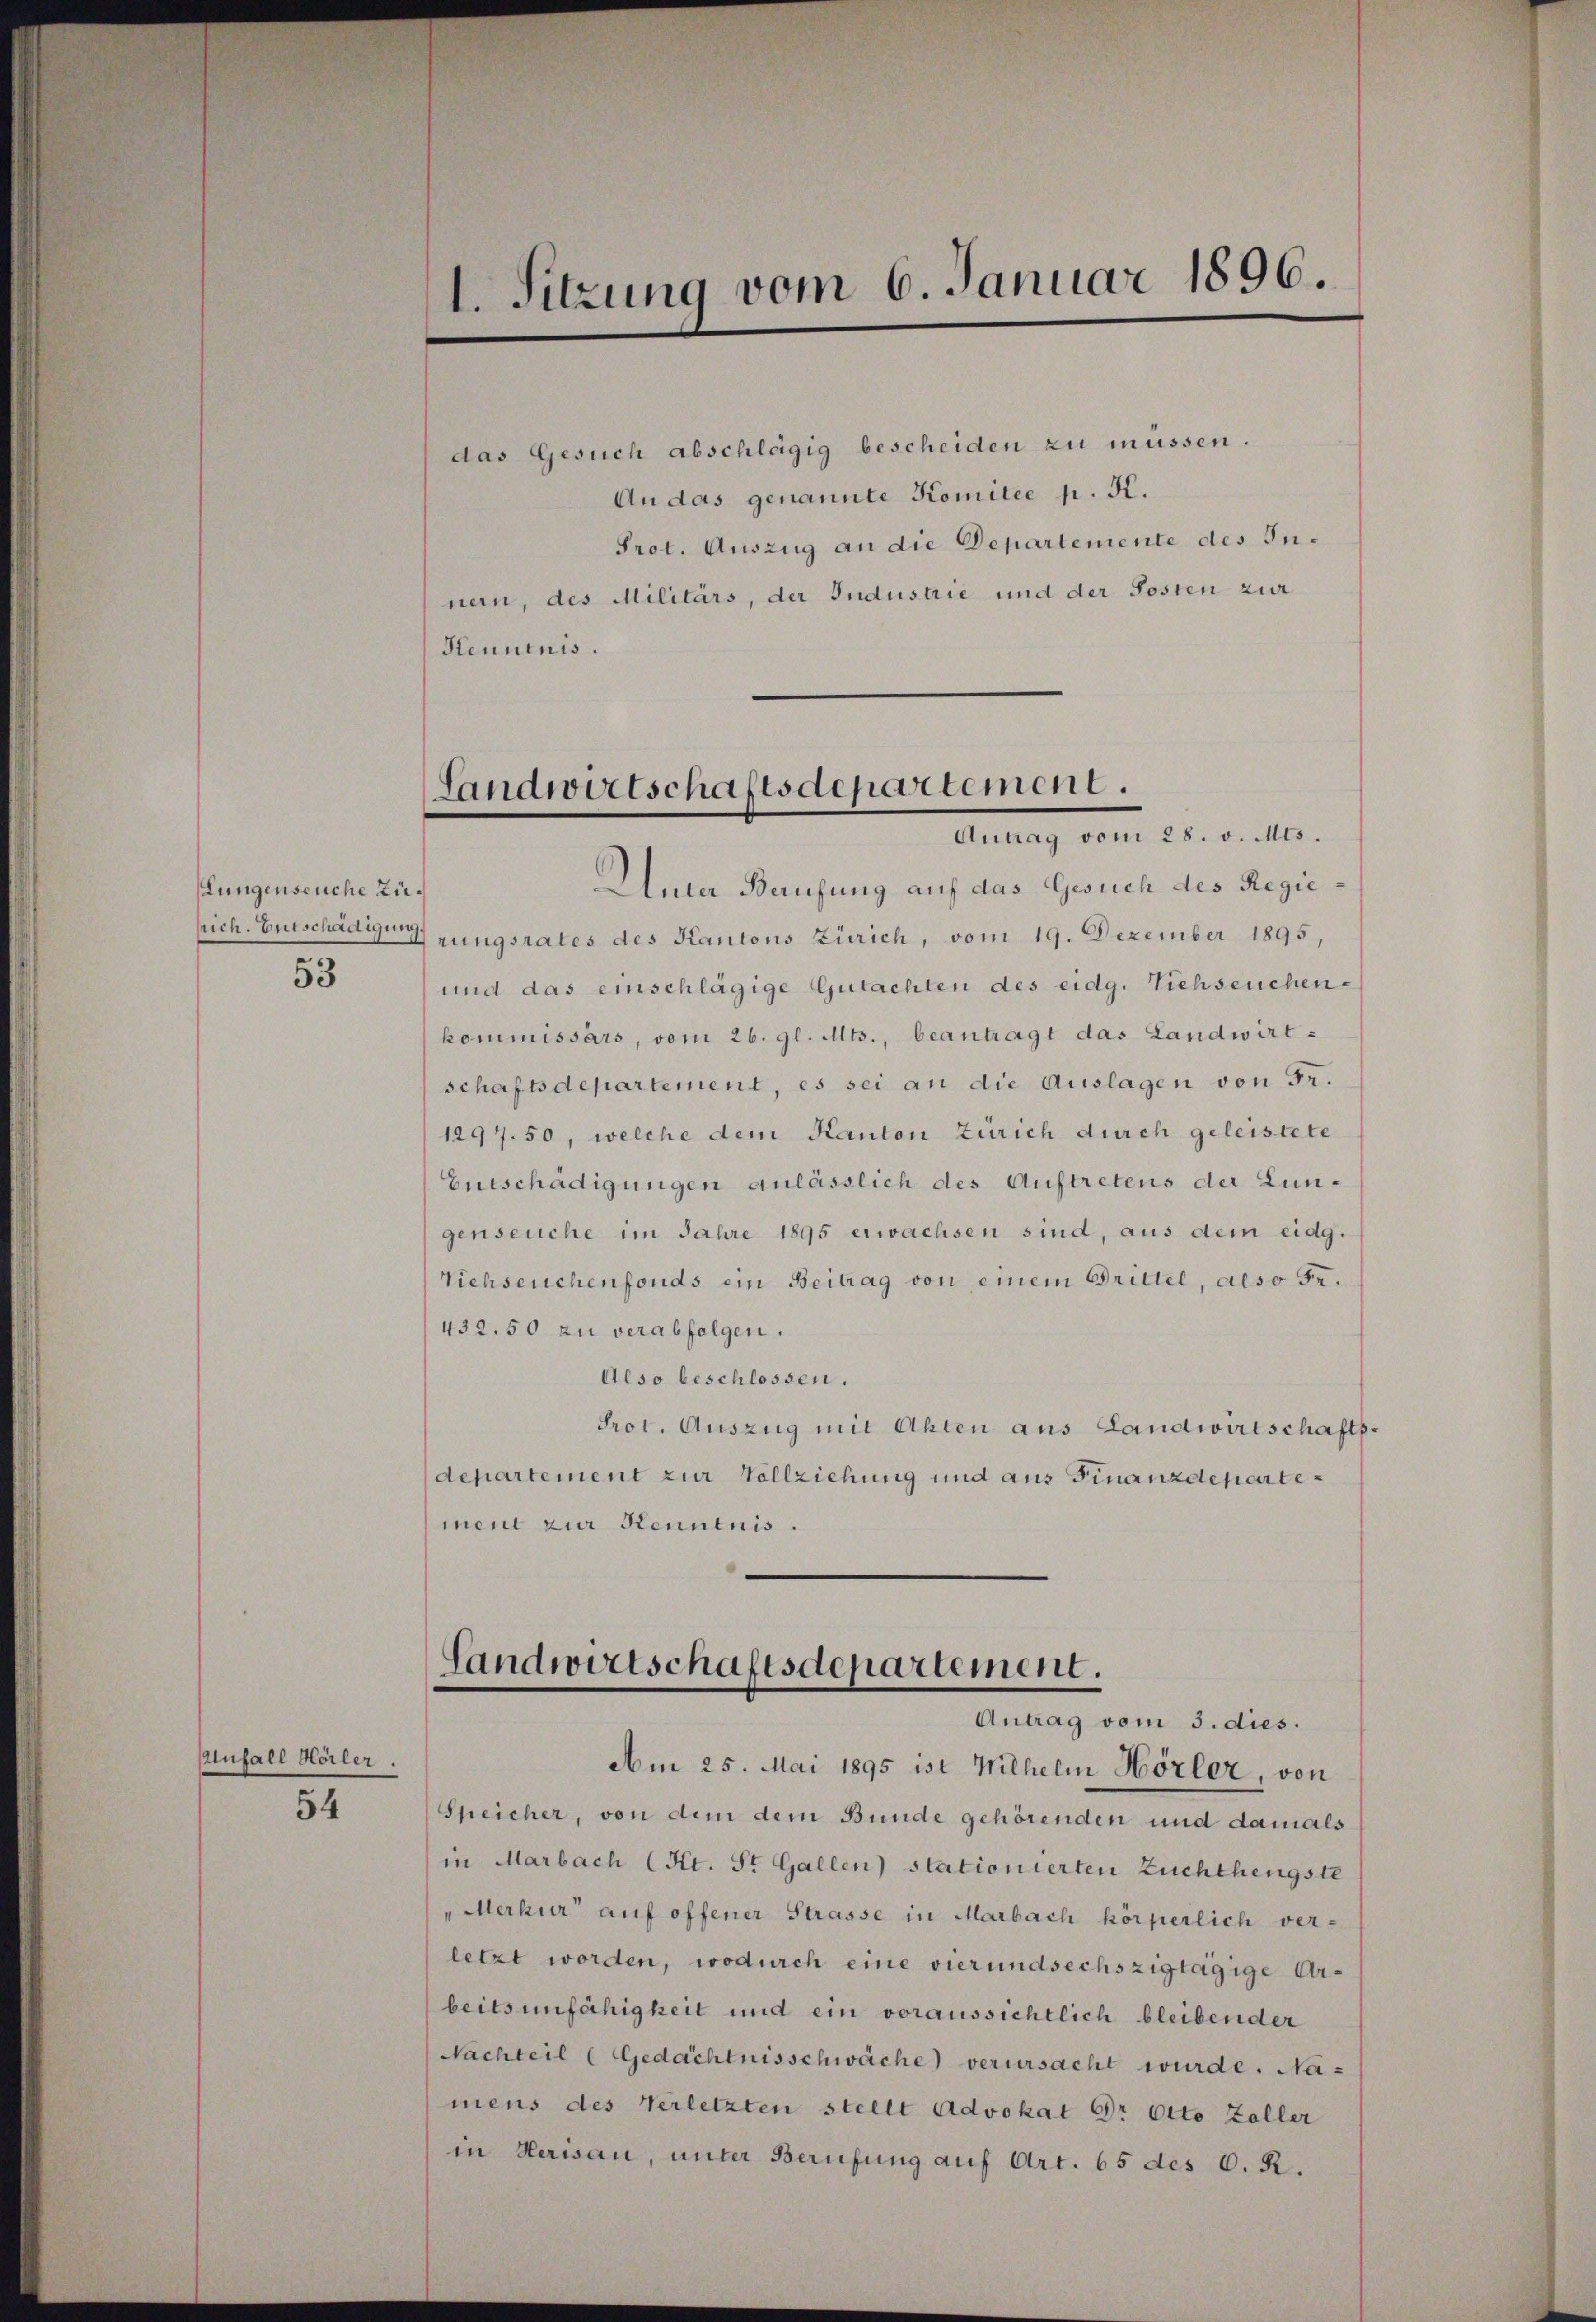
lungenseuche Zü¬
53

Aufall Hörler.
54

1. Sitzung vom 6. Januar 1896.

das Gesuch abschlägig bescheiden zu müssen.
An das genannte Komitee p. K.
Prot. Auszug an die Departemente des Innern, des Militärs, der Industrie und der Posten zur
Henuenis.

Landwirtschaftsdepartement.
Antrag vom 28. v. Mts.

Unter Berufung auf das Gesuch des Regiesrich. Entschädigung zungsrates des Kantons Zürich, vom 19. Dezember 1895,
und das einschlägige Gutachten des eidg. Viehseuchen-
kommissärs, vom 26. gl. Mts., beantragt das Landwirt-
schaftsdepartement, es sei an die Auslagen von Fr.
1297. 50, welche dem Kanton Zürich durch geleistete
Eueschädigungen anlässlich des Auftretens der Lungenseuche im Jahre 1895 erwachsen sind, aus dem eidg.
Viehseuchenfonds ein Beitrag von einem Brittel, also Fe¬
432.50 zu verabfolgen.
Also beschlossen.
Prot. Auszug mit Akten aus Landwirtschaft.
departement zur Vollziehung und aus Finanzdepartement zur Kenntnis.

Landwirtschaftsdepartement.
Antrag vom 3. dies.

Am 25. Mai 1895 ist Wilhelm Hörler, von
Speicher, von dem dem Bunde gehörenden und damals
in Marbach (Kt. St. Gallen) stationierten Zuchthengste
"Merkur auf offener Strasse in Marbach körperlich ver-
letzt worden, wodurch eine vierundsechszigtägige Urbeitsunfähigkeit und ein voraussichtlich bleibender
Nachteil (Gedächtnisschwäche) verursacht wurde. Namens des Verletzten stellt Advokat Dr. Otto Zöller
in Herisau, unter Berufung auf Art. 65 des C. R.